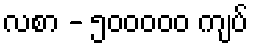
လစာ - ၅၀၀၀၀၀ ကျပ်